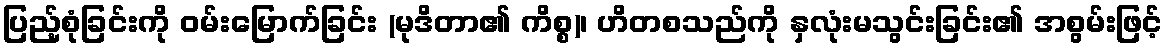
ပြည့်စုံခြင်းကို ဝမ်းမြောက်ခြင်း (မုဒိတာ၏ ကိစ္စ)၊ ဟိတစသည်ကို နှလုံးမသွင်းခြင်း၏ အစွမ်းဖြင့်